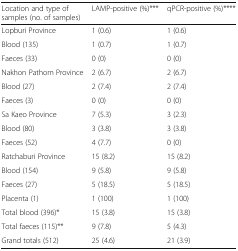
<table><thead><tr><td><b>Location and type of samples (no. of samples)</b></td><td><b>LAMP-positive (%)***</b></td><td><b>qPCR-positive (%)****</b></td></tr></thead><tbody><tr><td>Lopburi Province</td><td>1 (0.6)</td><td>1 (0.6)</td></tr><tr><td>Blood (135)</td><td>1 (0.7)</td><td>1 (0.7)</td></tr><tr><td>Faeces (33)</td><td>0 (0)</td><td>0 (0)</td></tr><tr><td>Nakhon Pathom Province</td><td>2 (6.7)</td><td>2 (6.7)</td></tr><tr><td>Blood (27)</td><td>2 (7.4)</td><td>2 (7.4)</td></tr><tr><td>Faeces (3)</td><td>0 (0)</td><td>0 (0)</td></tr><tr><td>Sa Kaeo Province</td><td>7 (5.3)</td><td>3 (2.3)</td></tr><tr><td>Blood (80)</td><td>3 (3.8)</td><td>3 (3.8)</td></tr><tr><td>Faeces (52)</td><td>4 (7.7)</td><td>0 (0)</td></tr><tr><td>Ratchaburi Province</td><td>15 (8.2)</td><td>15 (8.2)</td></tr><tr><td>Blood (154)</td><td>9 (5.8)</td><td>9 (5.8)</td></tr><tr><td>Faeces (27)</td><td>5 (18.5)</td><td>5 (18.5)</td></tr><tr><td>Placenta (1)</td><td>1 (100)</td><td>1 (100)</td></tr><tr><td>Total blood (396)*</td><td>15 (3.8)</td><td>15 (3.8)</td></tr><tr><td>Total faeces (115)**</td><td>9 (7.8)</td><td>5 (4.3)</td></tr><tr><td>Grand totals (512)</td><td>25 (4.6)</td><td>21 (3.9)</td></tr></tbody></table>